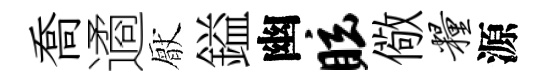
喬遹厭鎰幽眩儆粮源